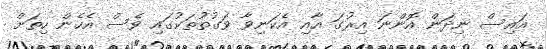
އައިސް ނިދަން އޮންނަ އިރުގަ އާއި އެކަނިވާ ވަގުތުތަކުގައި ވެސް އެހެން ހިތަށް